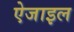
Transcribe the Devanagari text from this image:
ऐजाइल